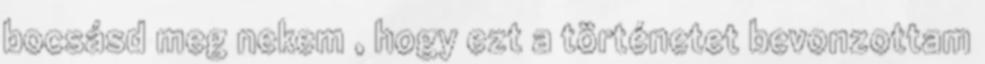
bocsásd meg nekem , hogy ezt a történetet bevonzottam